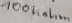
Text: 100Kohm